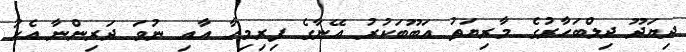
ދިޔަދޫ ދިލްބަހާރުގެ މާރިޔަތު އަބޫބަކުރު އޭނާގެ ފިރިމިހާ އާއި ނުވަ ދަރިންނާ އެކު